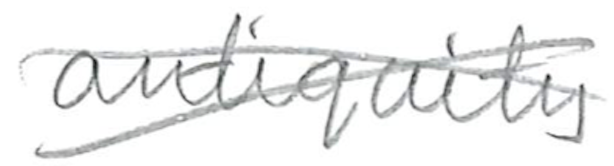
Text: antiquity
Cross-out: cross
Writing tool: pencil